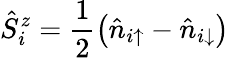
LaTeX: \hat{S}_{i}^{z}=\frac{1}{2}\left(\hat{n}_{i{\uparrow}}-\hat{n}_{i{\downarrow}}\right)